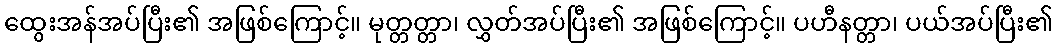
ထွေးအန်အပ်ပြီး၏ အဖြစ်ကြောင့်။ မုတ္တတ္တာ၊ လွှတ်အပ်ပြီး၏ အဖြစ်ကြောင့်။ ပဟီနတ္တာ၊ ပယ်အပ်ပြီး၏